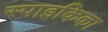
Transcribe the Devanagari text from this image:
स्पाइकिका